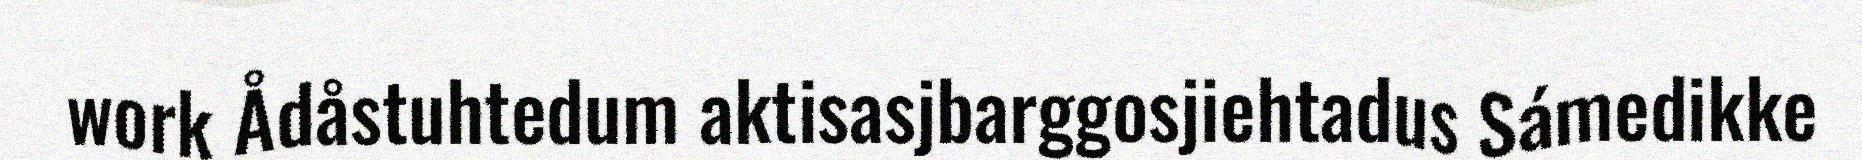
work Ådåstuhtedum aktisasjbarggosjiehtadus Sámedikke